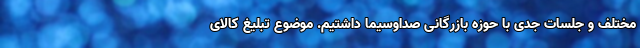
مختلف و جلسات جدّی با حوزه بازرگانی صداوسیما داشتیم. موضوع تبلیغ کالای